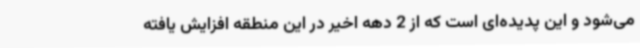
می‌شود و این پدیده‌ای است که از 2 دهه اخیر در این منطقه افزایش یافته